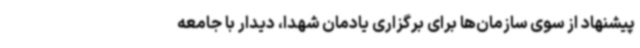
پیشنهاد از سوی سازمان‌ها برای برگزاری یادمان شهدا، دیدار با جامعه